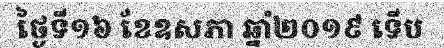
ថ្ងៃទី១៦ ខែឧសភា ឆ្នាំ២០១៩ ទើប